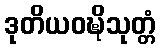
ဒုတိယဝဍ္ဎိသုတ္တံ